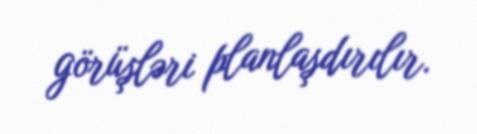
görüşləri planlaşdırılır.